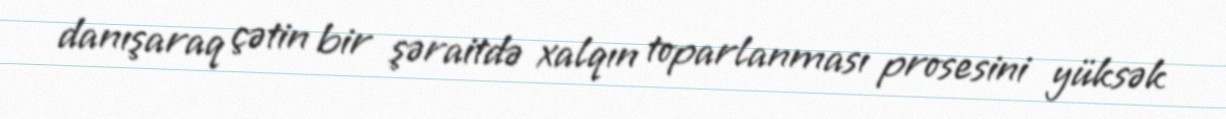
danışaraq çətin bir şəraitdə xalqın toparlanması prosesini yüksək